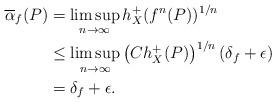
LaTeX: \begin{align*}\overline{\alpha}_{f}(P) &= \limsup_{n\to \infty}h_{X}^{+}(f^{n}(P))^{1/n}\\&\leq \limsup_{n\to \infty}\left(Ch_{X}^{+}(P)\right)^{1/n}(\delta_{f}+\epsilon)\\&= \delta_{f}+\epsilon.\end{align*}